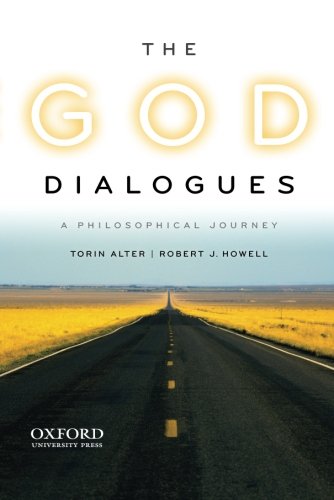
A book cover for The God Dialogues: A Philosophical Journey; Torin Alter; Religion & Spirituality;